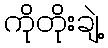
ကိုတိုးချဲ့